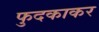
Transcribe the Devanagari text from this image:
फुदकाकर